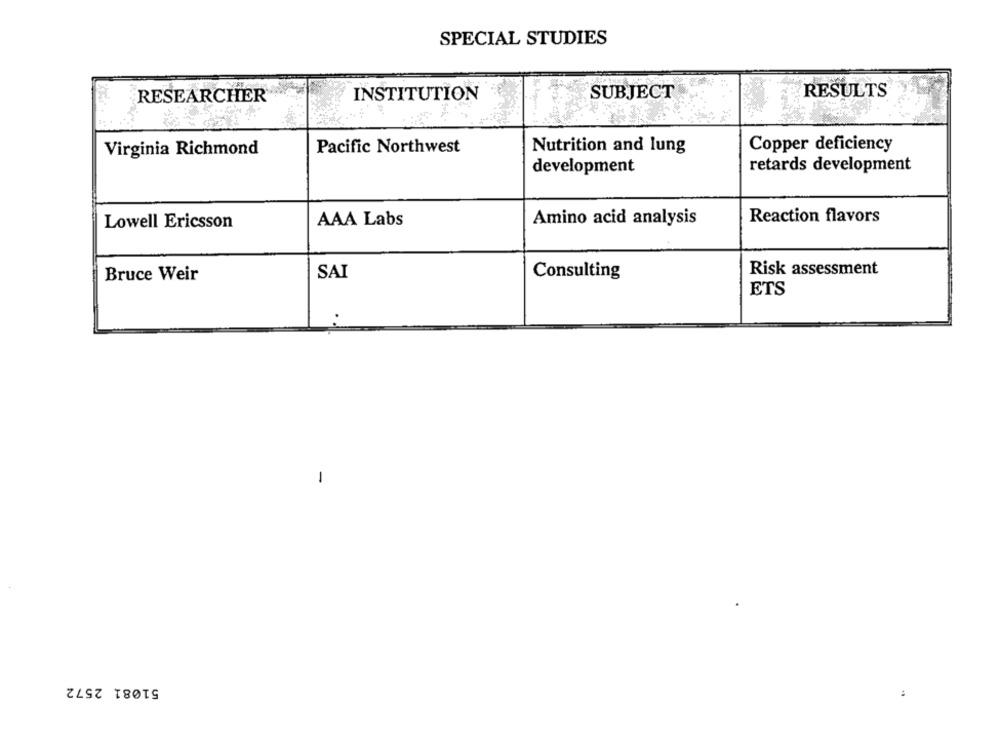
SPECIAL STUDIES
INSTITUTION
SUBJECT
RESULTS
RESEARCHER
Pacific Northwest
Copper deficiency
Virginia Richmond
Nutrition and lung
development
retards development
AAA Labs
Amino acid analysis
Reaction flavors
Lowell Ericsson
SAI
Consulting
Risk assessment
Bruce Weir
ETS
-
51081 2572